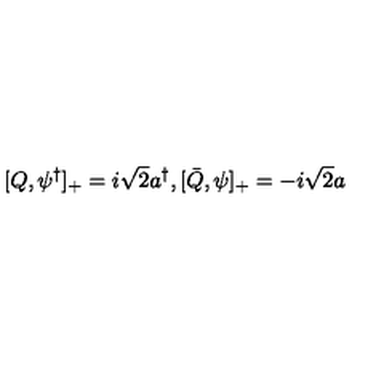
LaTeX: [ Q , \psi ^ { \dagger } ] _ { + } = i { \sqrt 2 } a ^ { \dagger } , [ \bar { Q } , \psi ] _ { + } = - i { \sqrt 2 } a